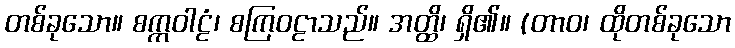
တစ်ခုသော။ စက္ကဝါဠံ၊ စကြဝဠာသည်။ အတ္ထိ၊ ရှိ၏။ (တာဝ၊ ထိုတစ်ခုသော